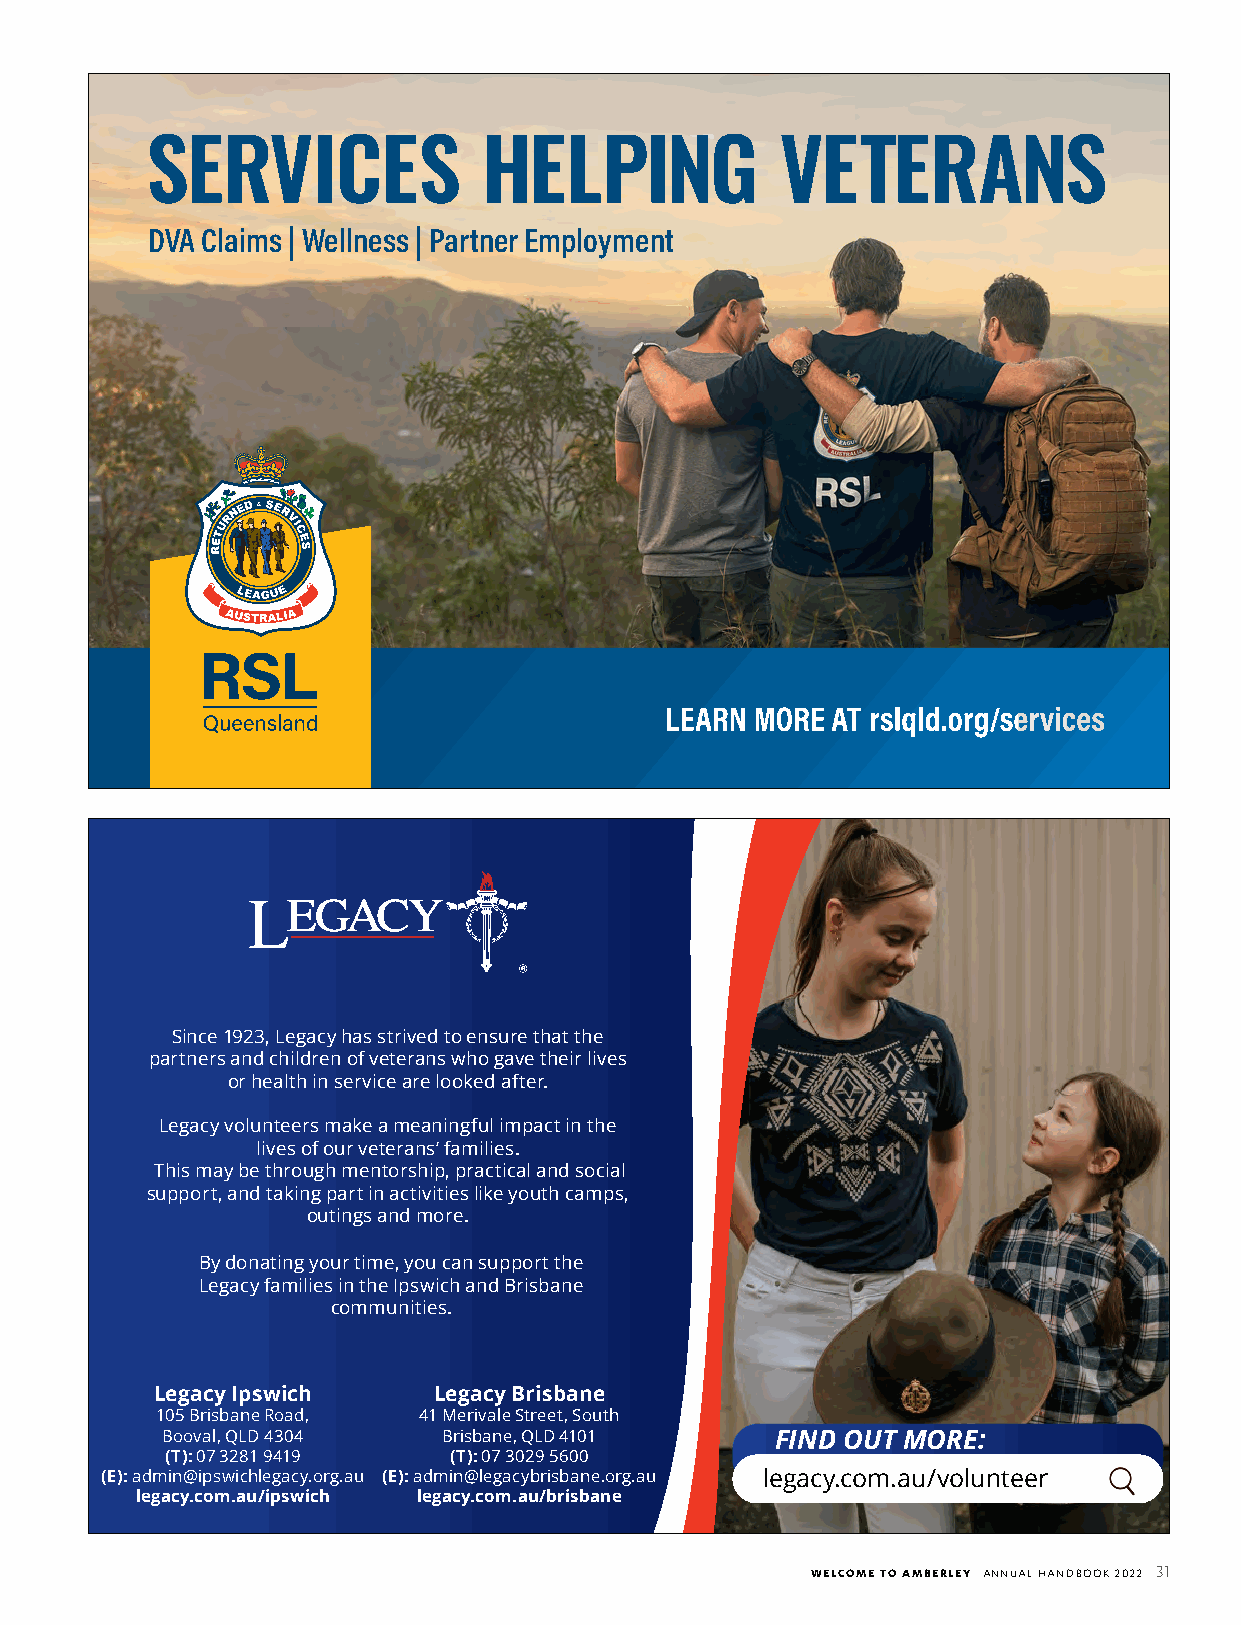
SERVICES              HELPING             VETERANS
 DVA Claims | Wellness | Partner Employment
 LEARN MORE AT rslqld.org/services
 Since 1923, Legacy has strived to ensure that the
 partners and children of veterans who gave their lives
 or health in service are looked after.
 Legacy volunteers make a meaningful impact in the
 lives of our veterans’ families.
 This may be through mentorship, practical and social
 support, and taking part in activities like youth camps,
 outings and more.
 By donating your time, you can support the
 Legacy families in the Ipswich and Brisbane
 communities.
 Legacy Ipswich     Legacy Brisbane
 105 Brisbane Road, 41 Merivale Street, South
 Booval, QLD 4304  Brisbane, QLD 4101    FIND OUT MORE:
 (T): 07 3281 9419  (T): 07 3029 5600
 (E): admin@ipswichlegacy.org.au (E): admin@legacybrisbane.org.au legacy.com.au/volunteer
 legacy.com.au/ipswich legacy.com.au/brisbane
 WELCOME TO AMBERLEY ANNUAL HANDBOOK 2022 31